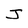
Character: J